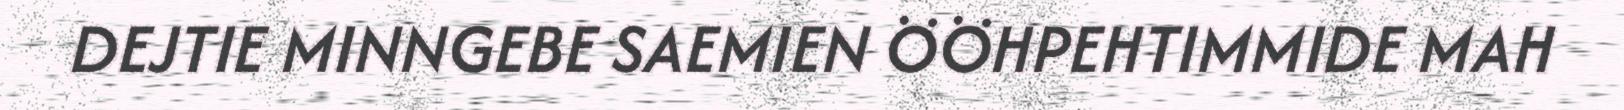
DEJTIE MINNGEBE SAEMIEN ÖÖHPEHTIMMIDE MAH